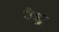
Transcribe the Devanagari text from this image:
वेधु